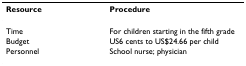
| Resource | Procedure |
 | --- | --- |
 | Time | For children starting in the fifth grade |
 | Budget | US6 cents to US$24.66 per child |
 | Personnel | School nurse; physician |